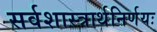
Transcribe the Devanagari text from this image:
सर्वशास्त्रार्थनिर्णयः